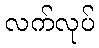
လက်လုပ်